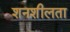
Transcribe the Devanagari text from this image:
शनशीलता